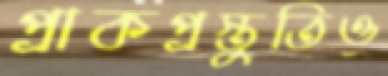
প্রাকপ্রস্তুতিও